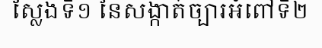
ស្លែងទី១ នៃសង្កាត់ច្បារអំពៅទី២